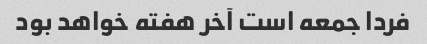
فردا جمعه است آخر هفته خواهد بود